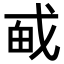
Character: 𪭎